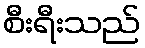
စီးရီးသည်